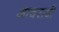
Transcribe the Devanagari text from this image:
आचरावी